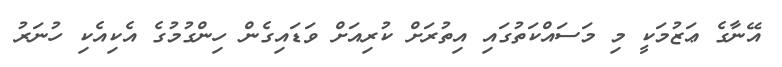
އޭނާގެ ޢަޒުމަކީ މި މަސައްކަތުގައި އިތުރަށް ކުރިއަށް ވަޑައިގެން ހިންގުމުގެ އެކިއެކި ހުނަރު